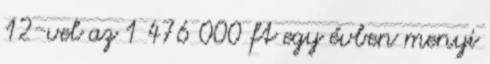
12-vel az 1 476 000 ft egy évben menyi